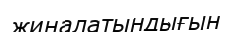
жиналатындығын